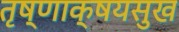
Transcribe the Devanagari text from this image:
तृष्णाक्षयसुख